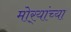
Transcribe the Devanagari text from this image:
मोर्‍यांच्या